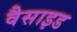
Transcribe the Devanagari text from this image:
वैसाइड